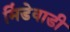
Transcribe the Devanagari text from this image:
मिंडेवाडी